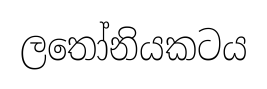
ලතෝනියකටය